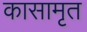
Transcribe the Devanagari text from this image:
कासामृत